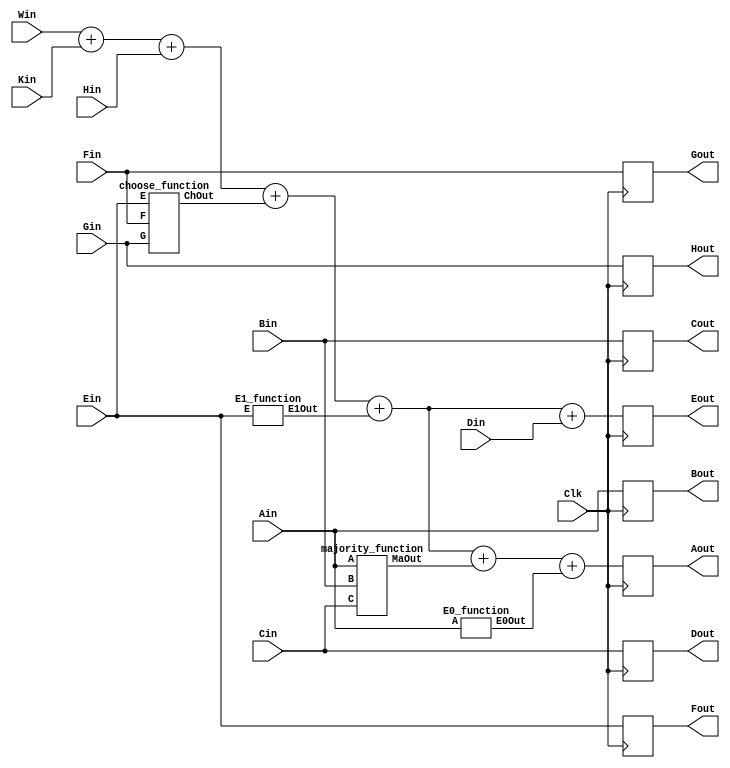
/*
    2017-12-15
	Jeremy Maxey-Vesperman
    Zach Butler
    CE-412 Digital Systems II
    Professor Girma Tewolde, Ph.D.
    Final Project - SHA256 Hasher w/ UART I/O Implemented on an FPGA
    hash_algorithm.v
    Purpose: Performs round of SHA256 hashing on input data
    Input: Clk - System Clock input; Win - Message schedule array data (32-bit Word of user input data);
			  Kin - Round constant (defined by SHA256 standard); Ain-Hin - 32-bit Words from previous round;
	 Output: Aout-Hout - Output from current hashing round
*/

module hash_algorithm (Clk, Win, Kin, Ain, Bin, Cin, Din, Ein, Fin, Gin, Hin, Aout, Bout, Cout, Dout, Eout, Fout, Gout, Hout);
		// I/O
		input Clk;
		input [31:0] Win, Kin, Ain, Bin, Cin, Din, Ein, Fin, Gin, Hin;
		output reg [31:0] Aout, Bout, Cout, Dout, Eout, Fout, Gout, Hout;
		
		// Combinational logic interconnects for hashing algorithm compression functions
		wire [31:0] ch_out;
		wire [31:0] E1_out;
		wire [31:0] ma_out;
		wire [31:0] E0_out;
		
		// Combinational logic interconnects for 32-bit adders (Carry out bits are thrown away)
		wire [31:0] add_d; // D + (E1 + ((w + k) + H + Ch))
		wire [31:0] add_step_1; // w + k
		wire [31:0] add_step_2; // (w + k) + H + Ch
		wire [31:0] add_step_3; // E1 + ((w + k) + H + Ch)
		wire [31:0] add_step_4; // Ma + (E1 + ((w + k) + H + Ch))
		wire [31:0] add_step_5; // E0 + (Ma + (E1 + ((w + k) + H + Ch)))
		
		// 32-bit adders for hashing algorithm
		assign add_step_1 = Win + Kin; // w + k
		assign add_step_2 = add_step_1 + Hin + ch_out; // (w + k) + H + Ch
		assign add_step_3 = add_step_2 + E1_out; // E1 + ((w + k) + H + Ch)
		assign add_d = add_step_3 + Din; // D + (E1 + ((w + k) + H + Ch))
		assign add_step_4 = add_step_3 + ma_out; // Ma + (E1 + ((w + k) + H + Ch))
		assign add_step_5 = add_step_4 + E0_out; // E0 + (Ma + (E1 + ((w + k) + H + Ch)))
		
		// Instantiate compression function modules with appropriate I/O connections
		choose_function ch (Ein, Fin, Gin, ch_out);
		E1_function E1 (Ein, E1_out);
		majority_function ma (Ain, Bin, Cin, ma_out);
		E0_function E0 (Ain, E0_out);
		
		always @ (posedge Clk)
			begin
				Aout <= add_step_5; // E0 + (Ma + (E1 + ((w + k) + H + Ch)))
				Bout <= Ain; // A becomes B
				Cout <= Bin; // B becomes C
				Dout <= Cin; // C becomes D
				Eout <= add_d; // D + (E1 + ((w + k) + H + Ch))
				Fout <= Ein; // E becomes F
				Gout <= Fin; // F becomes G
				Hout <= Gin; // G becomes H
			end
endmodule

// Bitwise majority function (Array of 32 3-input, 2-bit adders)
module majority_function (A, B, C, MaOut);
	// I/O
	input [31:0] A, B, C;
	output [31:0] MaOut;
	
	genvar i;
	generate
		for (i = 0; i < 32; i = i + 1)
			begin : Bitwise_Majority
				ma_1_bit ma (A[i], B[i], C[i], MaOut[i]);
			end
	endgenerate
endmodule 

// 3-input 1-bit adders module for majority function (Really its a 2-bit adder with 1-bit output... I didn't know how to name that)
module ma_1_bit (A, B, C, MaOut);
	// I/O
	input A, B, C;
	output MaOut;
	
	wire[1:0] sum;
	
	assign sum = (A + B + C); // Sum the bits
	assign MaOut = sum[1]; // Upper bit determines if there was a majority (2 or more inputs were 1)
endmodule 

// A input word Rotation and XOR function
module E0_function (A, E0Out);
	input [31:0] A;
	output [31:0] E0Out;
	
	// Interconnects
	wire [31:0] rr_2;
	wire [31:0] rr_13;
	wire [31:0] rr_22;
	
	// Create three rotated versions of input A
	assign rr_2 = {A[1:0], A[31:2]}; // RR A 2 bits
	assign rr_13 = {A[12:0], A[31:13]}; // RR A 13 bits
	assign rr_22 = {A[21:0], A[31:22]}; // RR A 22 bits
	
	// Bitwise XOR the rotated versions together
	assign E0Out = (rr_2 ^ rr_13 ^ rr_22);
endmodule

// E input word Rotation and XOR function
module E1_function (E, E1Out);
	// I/O
	input [31:0] E;
	output [31:0] E1Out;
	
	// Interconnects
	wire [31:0] rr_6;
	wire [31:0] rr_11;
	wire [31:0] rr_25;
	
	// Create three rotated versions of input E
	assign rr_6 = {E[5:0], E[31:6]}; // RR E 6 bits
	assign rr_11 = {E[10:0], E[31:11]}; // RR E 11 bits
	assign rr_25 = {E[24:0], E[31:25]}; // RR E 25 bits
	
	// Bitwise XOR the rotated versions together
	assign E1Out = (rr_6 ^ rr_11 ^ rr_25);
endmodule

// Bitwise Choose function (Array of 32 2:1 muxes (Inputs: F, G; Select: E))
module choose_function (E, F, G, ChOut);
	// I/O
	input [31:0] E, F, G;
	output [31:0] ChOut;
	
	genvar i;
	generate
		for (i = 0; i < 32; i = i + 1)
			begin : Bitwise_Mux
				mux_1_bit m (E[i], {F[i], G[i]}, ChOut[i]);
			end
	endgenerate
endmodule 

// 2:1 mux module for Bitwise Choose function
module mux_1_bit (s, in, out);
	// I/O
	input s;
	input [1:0] in;
	output out;
	
	assign out = in[s];
endmodule 
//  2017 Maxey-Vesperman, Butler